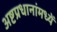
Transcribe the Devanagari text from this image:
अष्टप्रधानांमध्यें